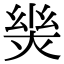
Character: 𢇈